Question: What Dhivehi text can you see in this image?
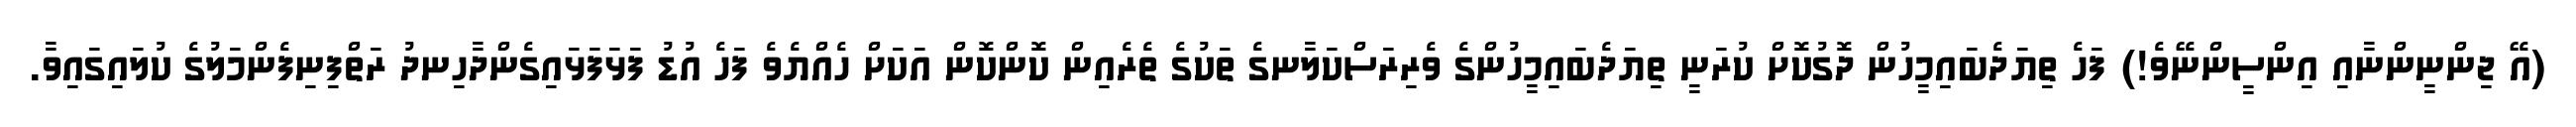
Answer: (އޭ ޖިންނީންނާއި އިންސީންނޭވެ!) ފަހެ ތިޔަދެބައިމީހުން ދޮގުކޮށް ކުރަނީ ތިޔަދެބައިމީހުންގެ ވެރިރަސްކަލާނގެ ތަކުގެ ތެރެއިން ކޮންކޮން އަކަށް ހެއްޔެވެ ފަހެ އުޑު ފަޅަފަޅައިގެންދާހިނދު ރަތްފިނިފެންމަލުގެ ކުލައިގައިވާ.